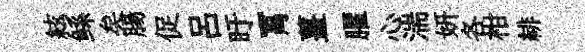
絃鲧矣腸促呂盱罥薑臞心湍妍各柑緋